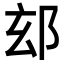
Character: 𮟴